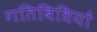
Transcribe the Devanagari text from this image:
गतिबिधियों